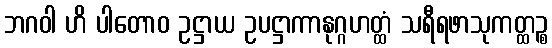
ဘဂဝါ ဟိ ပါတောဝ ဥဋ္ဌာယ ဥပဋ္ဌာကာနုဂ္ဂဟတ္ထံ သရီရဖာသုကတ္ထဉ္စ